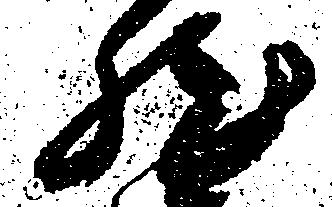
然